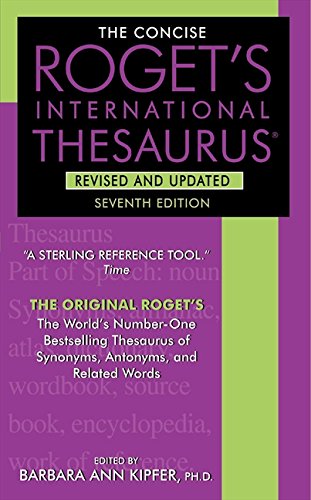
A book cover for The Concise Roget's International Thesaurus, Revised and Updated, 7th Edition; Barbara Ann Kipfer; Reference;